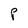
Character: P